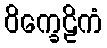
ဝိက္ခေဠိကံ